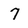
Character: 7